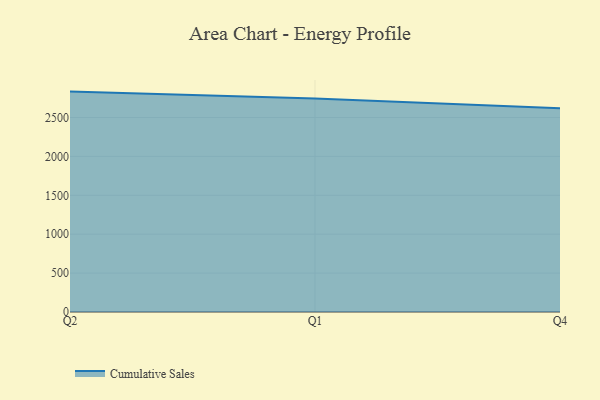
{"axis": {"x": "Quarter", "y": "Net Income (USD K)"}, "legend": ["Cumulative Sales"], "data": [{"x": "Q2", "y": 2832.8, "type": "Cumulative Sales"}, {"x": "Q1", "y": 2742.6, "type": "Cumulative Sales"}, {"x": "Q4", "y": 2619.7, "type": "Cumulative Sales"}]}